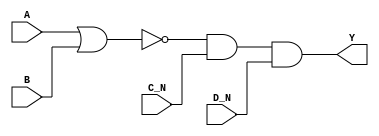
module sky130_fd_sc_ls__nor4bb (
    Y  ,
    A  ,
    B  ,
    C_N,
    D_N
);

    // Module ports
    output Y  ;
    input  A  ;
    input  B  ;
    input  C_N;
    input  D_N;

    // Local signals
    wire nor0_out  ;
    wire and0_out_Y;

    //  Name  Output      Other arguments
    nor nor0 (nor0_out  , A, B              );
    and and0 (and0_out_Y, nor0_out, C_N, D_N);
    buf buf0 (Y         , and0_out_Y        );

endmodule